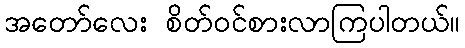
အတော်လေး စိတ်ဝင်စားလာကြပါတယ်။